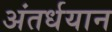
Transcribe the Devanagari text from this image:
अंतर्धयान